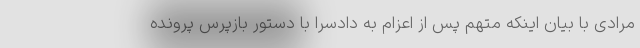
مرادی با بیان اینکه متهم پس از اعزام به دادسرا با دستور بازپرس پرونده